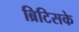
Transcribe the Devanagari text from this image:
ब्रिटिसके